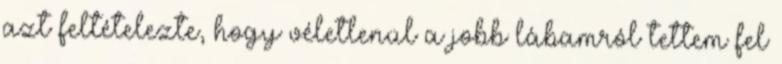
azt feltételezte, hogy véletlenül a jobb lábamról tettem fel